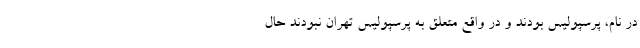
در نام، پرسپولیس بودند و در واقع متعلق به پرسپولیس تهران نبودند حال